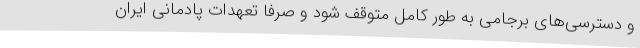
و دسترسی‌های برجامی به طور کامل متوقف شود و صرفا تعهدات پادمانی ایران